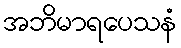
အဘိမာရပေသနံ